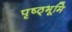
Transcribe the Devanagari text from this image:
पृष्ठ्भूमि